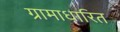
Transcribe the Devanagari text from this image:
ग्रामाधारित